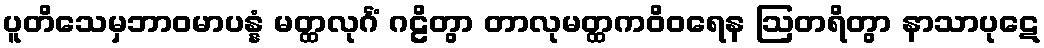
ပူတိသေမှဘာဝမာပန္နံ မတ္ထလုင်္ဂံ ဂဠိတွာ တာလုမတ္ထကဝိဝရေန ဩတရိတွာ နာသာပုဋေ